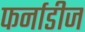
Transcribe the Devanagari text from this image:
फर्नाडीज